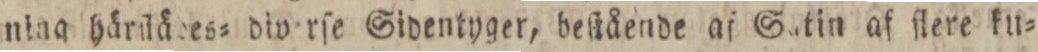
ning härſtädes= diverſe Sidentyger, beſtående af Satin af ſlere ku=